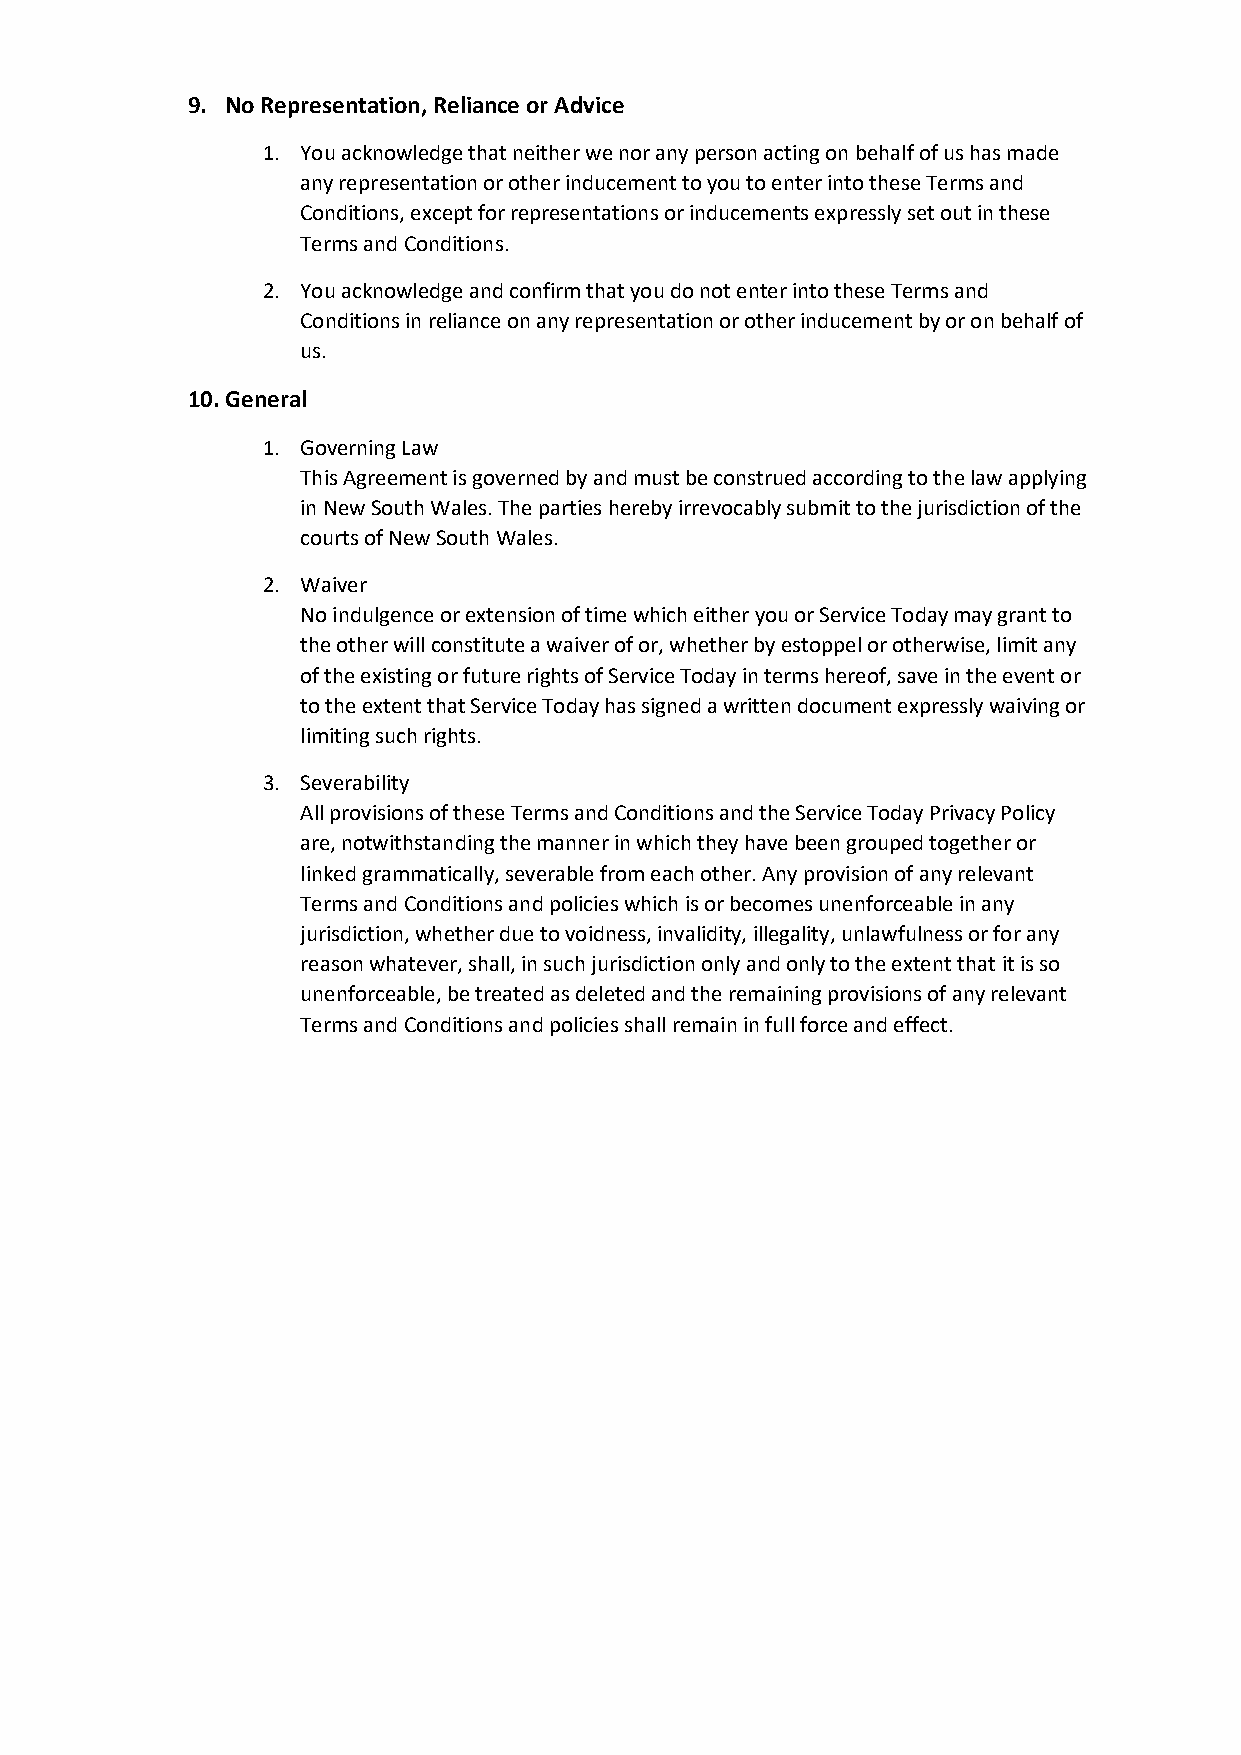
9. No Representation, Reliance or Advice
 1. You acknowledge that neither we nor any person acting on behalf of us has made
 any representation or other inducement to you to enter into these Terms and
 Conditions, except for representations or inducements expressly set out in these
 Terms and Conditions.
 2. You acknowledge and confirm that you do not enter into these Terms and
 Conditions in reliance on any representation or other inducement by or on behalf of
 us.
 10. General
 1. Governing Law
 This Agreement is governed by and must be construed according to the law applying
 in New South Wales. The parties hereby irrevocably submit to the jurisdiction of the
 courts of New South Wales.
 2. Waiver
 No indulgence or extension of time which either you or Service Today may grant to
 the other will constitute a waiver of or, whether by estoppel or otherwise, limit any
 of the existing or future rights of Service Today in terms hereof, save in the event or
 to the extent that Service Today has signed a written document expressly waiving or
 limiting such rights.
 3. Severability
 All provisions of these Terms and Conditions and the Service Today Privacy Policy
 are, notwithstanding the manner in which they have been grouped together or
 linked grammatically, severable from each other. Any provision of any relevant
 Terms and Conditions and policies which is or becomes unenforceable in any
 jurisdiction, whether due to voidness, invalidity, illegality, unlawfulness or for any
 reason whatever, shall, in such jurisdiction only and only to the extent that it is so
 unenforceable, be treated as deleted and the remaining provisions of any relevant
 Terms and Conditions and policies shall remain in full force and effect.